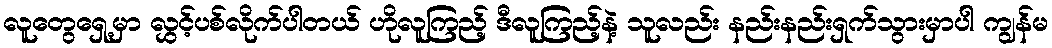
လူတွေရှေ့မှာ လွှင့်ပစ်လိုက်ပါတယ် ဟိုလူကြည့် ဒီလူကြည့်နဲ့ သူလည်း နည်းနည်းရှက်သွားမှာပါ ကျွန်မ